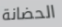
الحضانة